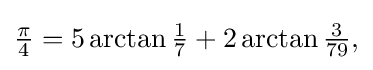
{\textstyle {\tfrac {\pi }{4}}=5\arctan {\tfrac {1}{7}}+2\arctan {\tfrac {3}{79}},}